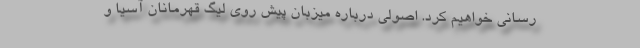
رسانی خواهیم کرد. اصولی درباره میزبان پیش روی لیگ قهرمانان آسیا و